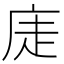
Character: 𢈩